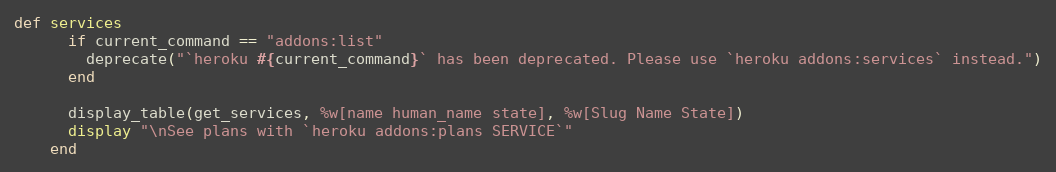
Language: Ruby
def services
      if current_command == "addons:list"
        deprecate("`heroku #{current_command}` has been deprecated. Please use `heroku addons:services` instead.")
      end

      display_table(get_services, %w[name human_name state], %w[Slug Name State])
      display "\nSee plans with `heroku addons:plans SERVICE`"
    end